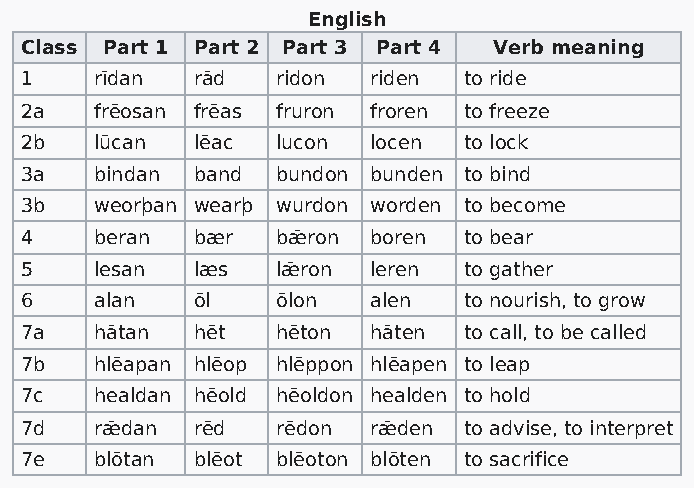
English
 Class Part 1 Part 2 Part 3 Part 4 Verb meaning
 1    rīdan  rād  ridon riden  to ride
 2a   frēosan frēas fruron froren to freeze
 2b   lūcan  lēac lucon locen  to lock
 3a   bindan band bundon bunden to bind
 3b   weorþan wearþ wurdon worden to become
 4    beran  bær  bǣron boren  to bear
 5    lesan  læs  lǣron leren  to gather
 6    alan   ōl   ōlon  alen   to nourish, to grow
 7a   hātan  hēt  hēton hāten  to call, to be called
 7b   hlēapan hlēop hlēppon hlēapen to leap
 7c   healdan hēold hēoldon healden to hold
 7d   rǣdan  rēd  rēdon rǣden  to advise, to interpret
 7e   blōtan blēot blēoton blōten to sacrifice